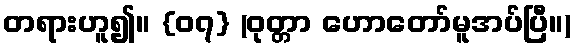
တရားဟူ၍။ {၀၇} (ဝုတ္တာ ဟောတော်မူအပ်ပြီ။)